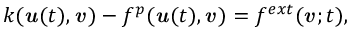
k ( { \boldsymbol { \mathbf { \mathit { u } } } } ( t ) , { \boldsymbol { \mathbf { \mathit { v } } } } ) - f ^ { p } ( { \boldsymbol { \mathbf { \mathit { u } } } } ( t ) , { \boldsymbol { \mathbf { \mathit { v } } } } ) = f ^ { e x t } ( { \boldsymbol { \mathbf { \mathit { v } } } } ; t ) ,